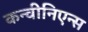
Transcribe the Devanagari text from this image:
कन्वीनिएन्स